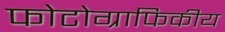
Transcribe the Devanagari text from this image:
फोटोग्राफिकीय